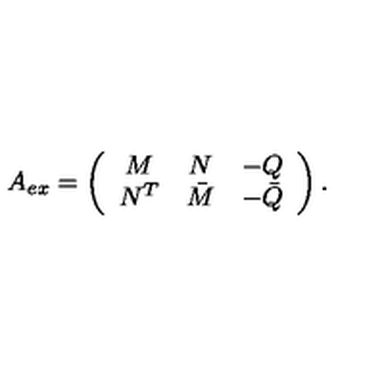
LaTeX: A _ { e x } = \left( \begin{array} { c c c } { M } & { N } & { - Q } \\ { N ^ { T } } & { \bar { M } } & { - \bar { Q } } \\ \end{array} \right) .